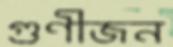
গুণীজন